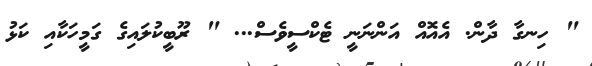
" ހިނގާ ދާން. އެއޮއް އަންނަނީ ޓެކްސީވެސް... " ރޫބީކުލައިގެ ގަމީހަކާއި ކަޅު